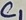
Text: C1